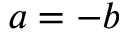
a = - b